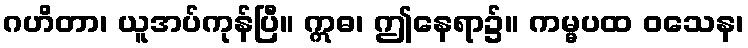
ဂဟိတာ၊ ယူအပ်ကုန်ပြီ။ ဣဓ၊ ဤနေရာ၌။ ကမ္မပထ ဝသေန၊